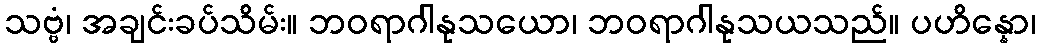
သဗ္ဗံ၊ အချင်းခပ်သိမ်း။ ဘဝရာဂါနုသယော၊ ဘဝရာဂါနုသယသည်။ ပဟိန္နော၊